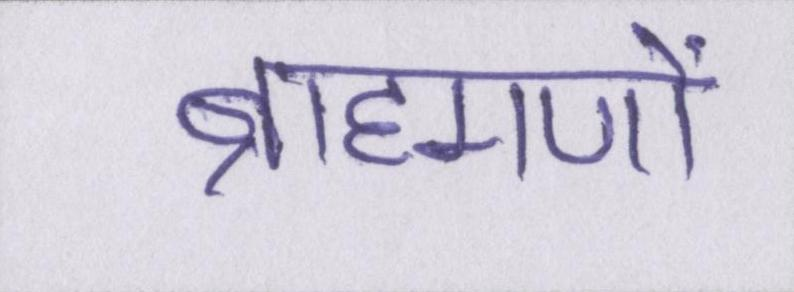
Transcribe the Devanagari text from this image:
ब्राह्मणों